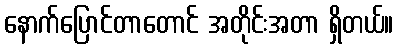
နောက်ပြောင်တာတောင် အတိုင်းအတာ ရှိတယ်။